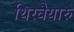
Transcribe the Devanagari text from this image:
थिरवैयारु